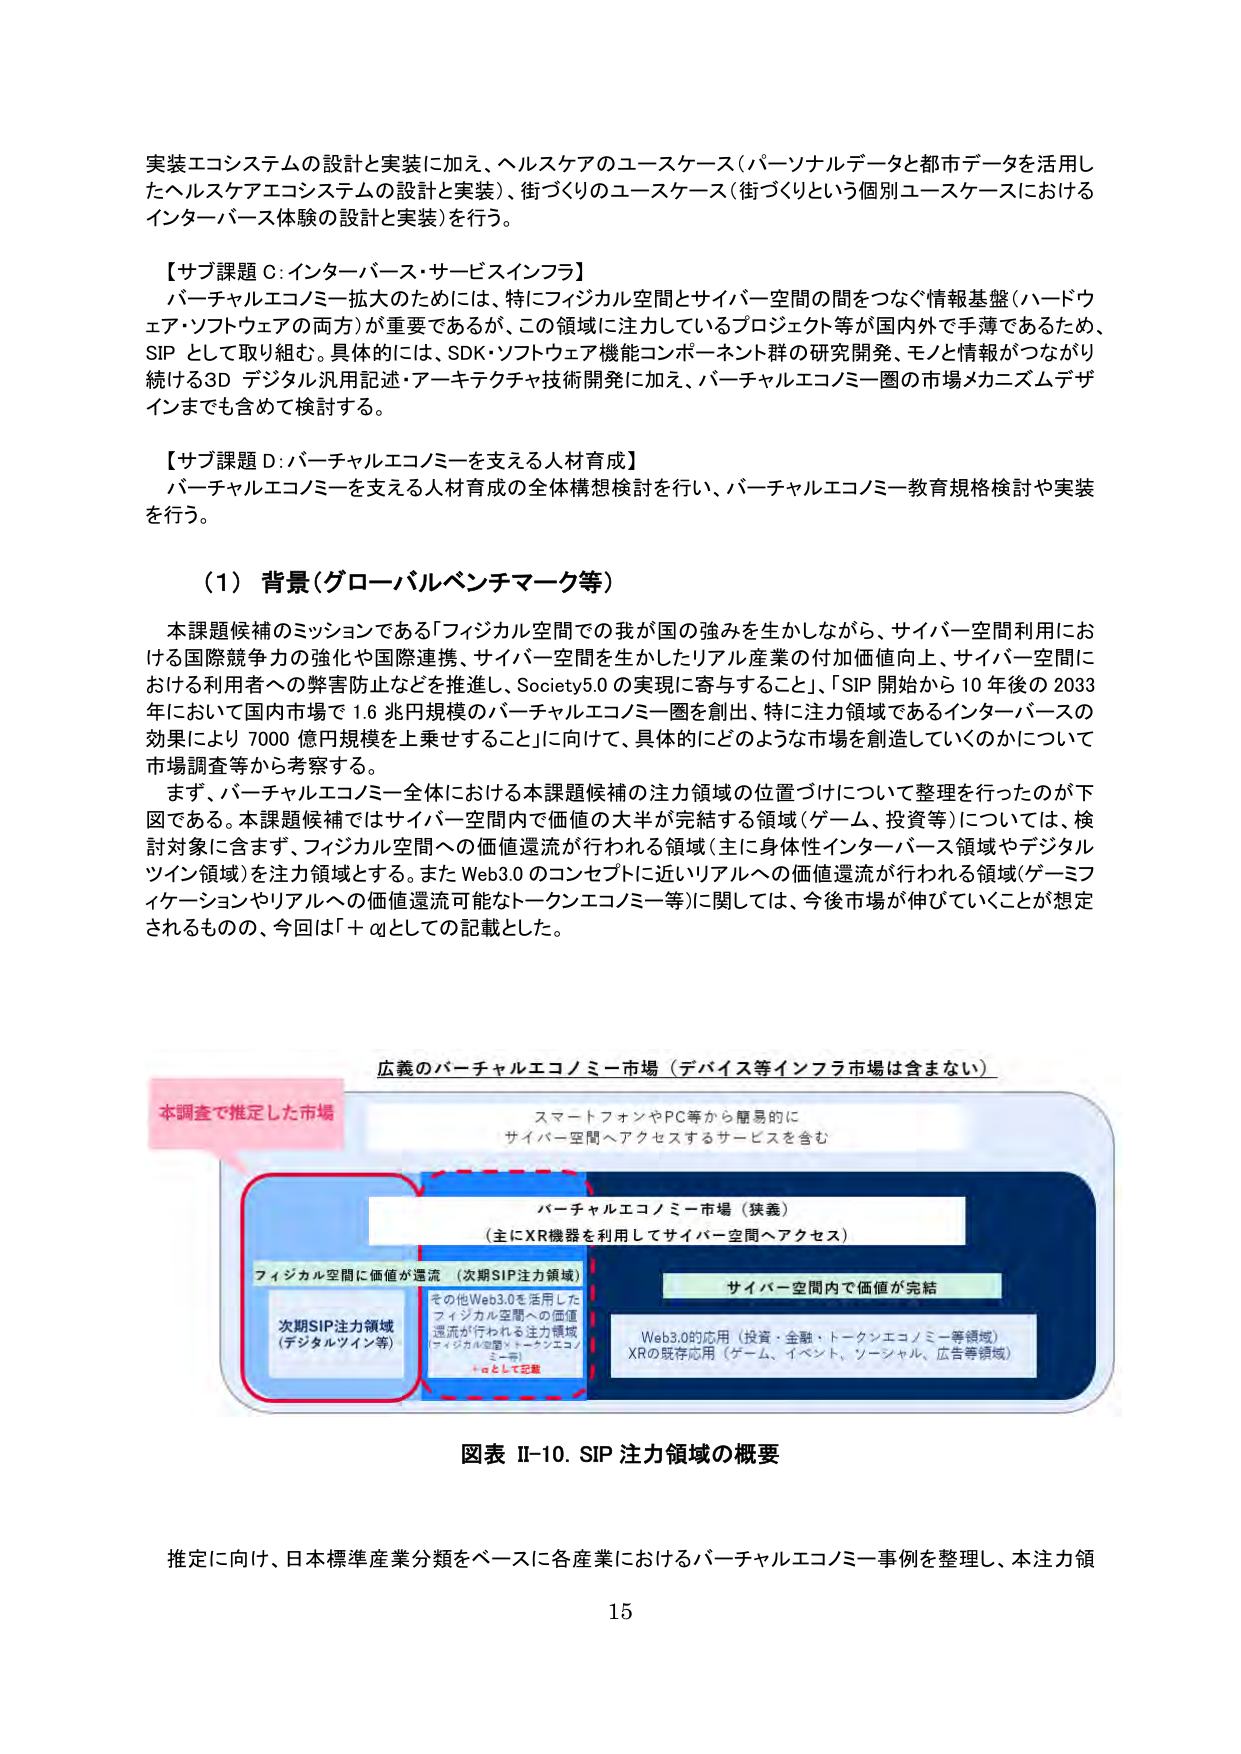
実装エコシステムの設計と実装に加え、ヘルスケアのユースケース（パーソナルデータと都市データを活用したヘルスケアエコシステムの設計と実装）、街づくりのユースケース（街づくりという個別ユースケースにおけるインターアース体験の設計と実装）を行う。

【サブ課題 C：インターアース・サービスインフラ】
バーチャルエコノミー拡大のためには、特にフィジカル空間とサイバー空間の間をつなぐ情報基盤（ハードウェア・ソフトウェアの両方）が重要であるが、この領域に注力しているプロジェクト等が国内外で手薄であるため、SIP として取り組む。具体的には、SDK・ソフトウェア機能コンポーネント群の研究開発、モノと情報がつながり続ける3D デジタル汎用記述・アーキテクチャ技術開発に加え、バーチャルエコノミー圏の市場メカニズムデザインまでも含めて検討する。

【サブ課題 D：バーチャルエコノミーを支える人材育成】
バーチャルエコノミーを支える人材育成の全体構想検討を行い、バーチャルエコノミー教育規格検討や実装を行う。

（1）背景（グローバルベンチマーク等）
本課題候補のミッションである「フィジカル空間での我が国の強みを生かしながら、サイバー空間利用における国際競争力の強化や国際連携、サイバー空間を生かしたリアル産業の付加価値向上、サイバー空間における利用者への弊害防止などを推進し、Society5.0 の実現に寄与すること」、「SIP 開始から 10 年後の 2033 年において国内市場で 1.6 兆円規模のバーチャルエコノミー圏を創出、特に注力領域であるインターアースの効果により 7000 億円規模を上乗せすること」に向けて、具体的にどのような市場を創造していくのかについて市場調査等から考察する。
まず、バーチャルエコノミー全体における本課題候補の注力領域の位置づけについて整理を行ったのが下図である。本課題候補ではサイバー空間内で価値の大半が完結する領域（ゲーム、投資等）については、検討対象に含まず、フィジカル空間への価値還流が行われる領域（主に身体性インターアース領域やデジタルツイン領域）を注力領域とする。また Web3.0 のコンセプトに近いリアルへの価値還流が行われる領域（ゲーミフィケーションやリアルへの価値還流可能なトークンエコノミー等）に関しては、今後市場が伸びていくことが想定されるものの、今回は「＋αとしての記載とした。

広義のバーチャルエコノミー市場（デバイス等インフラ市場は含まない）
本調査で推定した市場
スマートフォンやPC等から簡易的に
サイバー空間へアクセスするサービスを含む
バーチャルエコノミー市場（狭義）
（主にXR機器を利用してサイバー空間へアクセス）
フィジカル空間に価値が還流（次期SIP注力領域）
次期SIP注力領域
（デジタルツイン等）
その他Web3.0を活用した
フィジカル空間への価値
還流が行われる注力領域
（フィジカル空間×トークンエコノミー等）
＋αとして記載
サイバー空間内で価値が完結
Web3.0的応用（投資・金融・トークンエコノミー等領域）
XRの既存応用（ゲーム、イベント、ソーシャル、広告等領域）

図表 II-10. SIP 注力領域の概要

推定に向け、日本標準産業分類をベースに各産業におけるバーチャルエコノミー事例を整理し、本注力領
15